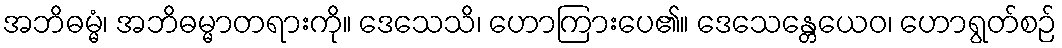
အဘိဓမ္မံ၊ အဘိဓမ္မာတရားကို။ ဒေသေသိ၊ ဟောကြားပေ၏။ ဒေသေန္တေယေဝ၊ ဟောရွတ်စဉ်